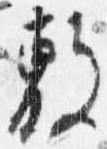
敷